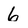
Character: 6